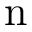
\mathrm { n }